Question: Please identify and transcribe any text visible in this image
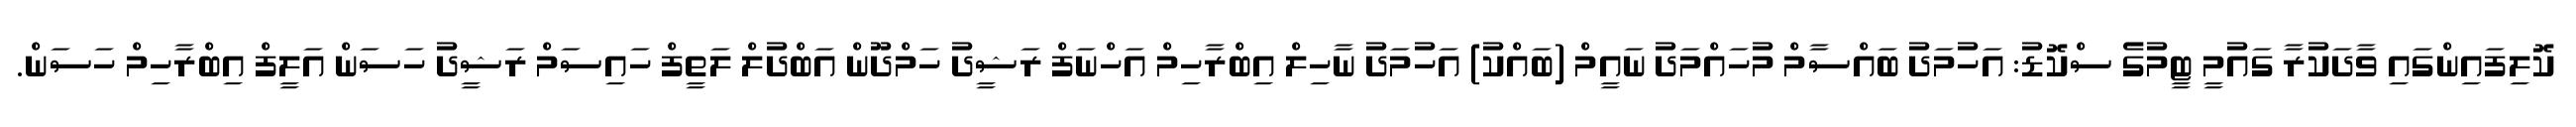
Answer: ކޮލިފައިންގައި ވާދަކުރާ ގައުމީ ޓީމުގެ ސްކޮޑު: އަހުމަދު ބައްސާމް މުހައްމަދު ނައީމް (ބައްކު) އަހުމަދު ނާހިލް އިބްރާހިމް އަހްނަފް ރަޝީދު ހަމްދޫން އަބްދުލް ލަތީފް ހައިސަމް ރަޝީދު ހަސަން އަލީފް އިބްރާހިމް ހަސަން.